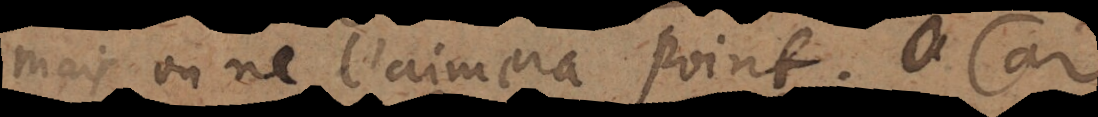
mais on ne l’aimera point. Car